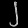
Digit: ၂